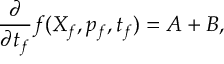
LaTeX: \frac { \partial } { \partial t _ { f } } f ( X _ { f } , p _ { f } , t _ { f } ) = A + B ,